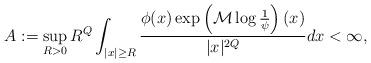
LaTeX: \begin{align*}A:=\sup_{R>0} R^{Q}\int_{|x|\geq R}\frac{\phi(x)\exp\left(\mathcal{M}\log\frac{1}{\psi}\right)(x)}{|x|^{2Q}}dx<\infty,\end{align*}